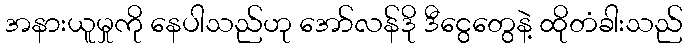
အနားယူမှုကို နေပါသည်ဟု အော်လန်ဒို ဒီငွေတွေနဲ့ ထိုတံခါးသည်